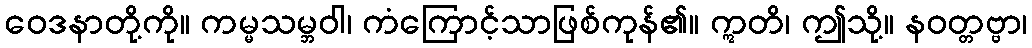
ဝေဒနာတို့ကို။ ကမ္မသမ္ဘဝါ၊ ကံကြောင့်သာဖြစ်ကုန်၏။ ဣတိ၊ ဤသို့။ နဝတ္တဗ္ဗာ၊